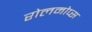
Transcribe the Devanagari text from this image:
रोलमोप्स